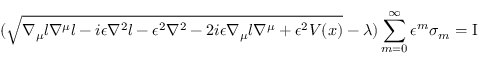
( \sqrt { \nabla _ { \mu } l \nabla ^ { \mu } l - i \epsilon \nabla ^ { 2 } l - \epsilon ^ { 2 } \nabla ^ { 2 } - 2 i \epsilon \nabla _ { \mu } l \nabla ^ { \mu } + \epsilon ^ { 2 } V ( x ) } - \lambda ) \sum _ { m = 0 } ^ { \infty } \epsilon ^ { m } \sigma _ { m } = \mathrm { I }